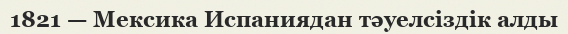
1821 — Мексика Испаниядан тәуелсіздік алды